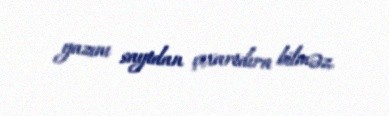
yazını saytdan çıxartdıra bilməz.